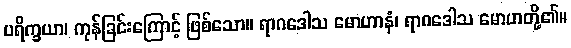
ပရိက္ခယာ၊ ကုန်ခြင်းကြောင့် ဖြစ်သော။ ရာဂဒေါသ မောဟာနံ၊ ရာဂဒေါသ မောဟတို့၏။